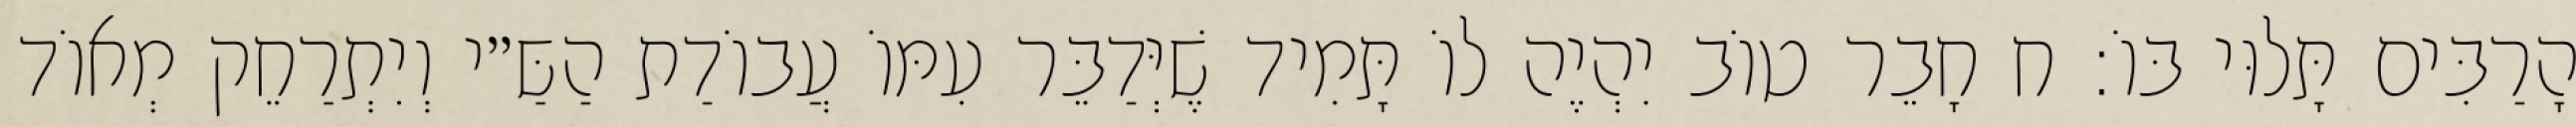
הָרַבִּים תָּלוּי בּוֹ: ח חָבֵר טוֹב יִהְיֶה לוֹ תָּמִיד שֶׁיְּדַבֵּר עִמּוֹ עֲבוֹדַת הַשַּ״י וְיִתְרַחֵק מְאוֹד